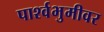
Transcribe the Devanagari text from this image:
पार्श्वभुमीवर